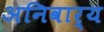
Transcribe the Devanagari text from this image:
अनिवार्य